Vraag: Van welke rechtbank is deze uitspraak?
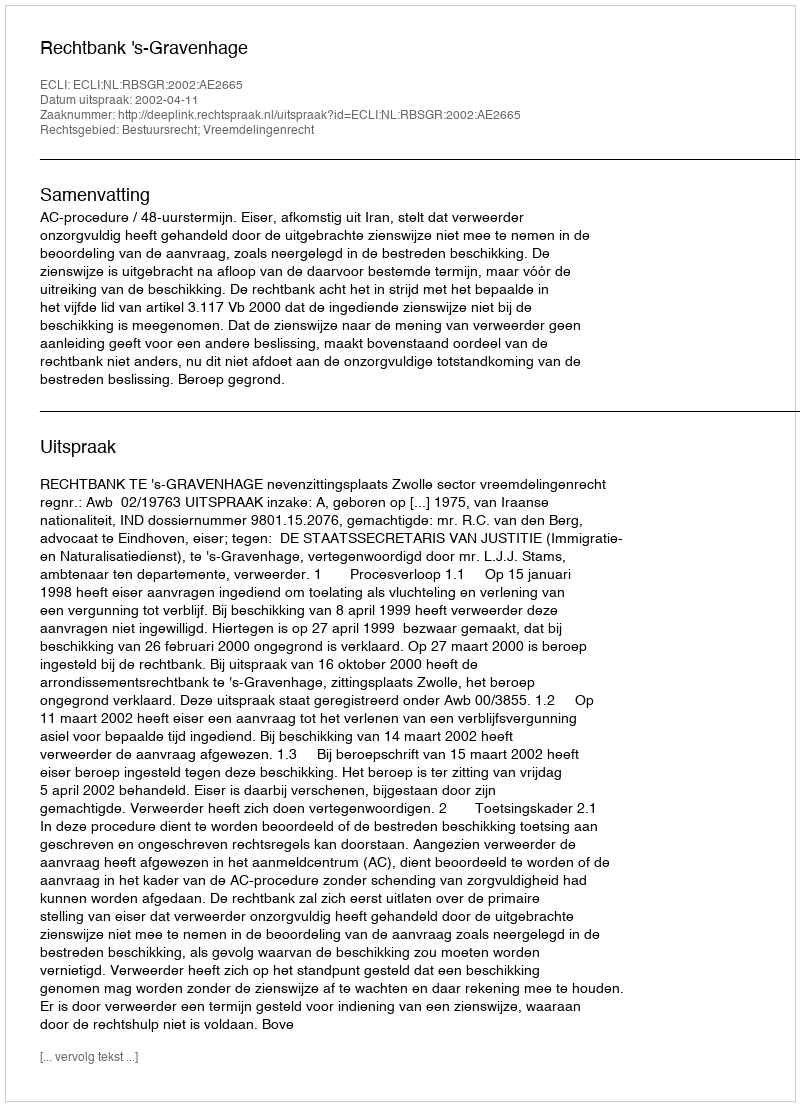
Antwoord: Rechtbank 's-Gravenhage